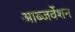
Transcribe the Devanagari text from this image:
आब्जर्वेशन